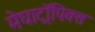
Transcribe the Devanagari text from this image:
मेघाट्रॉपिक्स